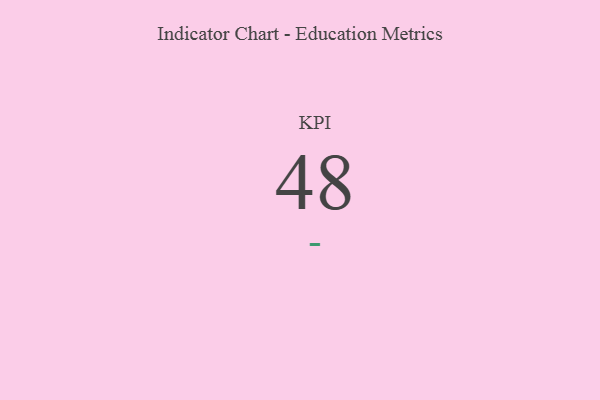
{"axis": {"x": "KPI", "y": "Value"}, "legend": [""], "data": [{"x": "KPI", "y": 48, "type": ""}]}